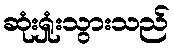
ဆုံးရှုံးသွားသည်